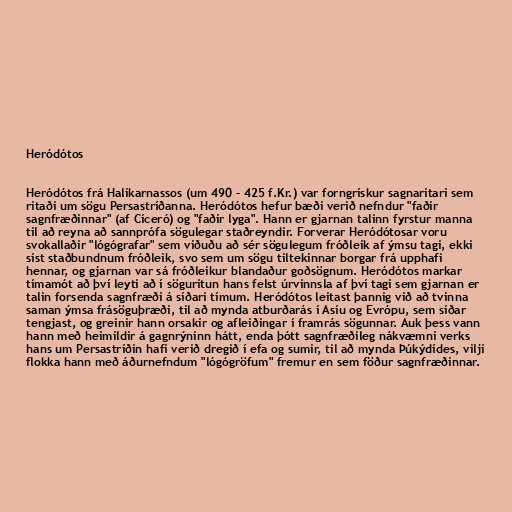
Heródótos

Heródótos frá Halikarnassos (um 490 – 425 f.Kr.) var forngrískur sagnaritari sem
ritaði um sögu Persastríðanna. Heródótos hefur bæði verið nefndur "faðir
sagnfræðinnar" (af Cíceró) og "faðir lyga". Hann er gjarnan talinn fyrstur manna
til að reyna að sannprófa sögulegar staðreyndir. Forverar Heródótosar voru
svokallaðir "lógógrafar" sem viðuðu að sér sögulegum fróðleik af ýmsu tagi, ekki
síst staðbundnum fróðleik, svo sem um sögu tiltekinnar borgar frá upphafi
hennar, og gjarnan var sá fróðleikur blandaður goðsögnum. Heródótos markar
tímamót að því leyti að í söguritun hans felst úrvinnsla af því tagi sem gjarnan er
talin forsenda sagnfræði á síðari tímum. Heródótos leitast þannig við að tvinna
saman ýmsa frásöguþræði, til að mynda atburðarás í Asíu og Evrópu, sem síðar
tengjast, og greinir hann orsakir og afleiðingar í framrás sögunnar. Auk þess vann
hann með heimildir á gagnrýninn hátt, enda þótt sagnfræðileg nákvæmni verks
hans um Persastríðin hafi verið dregið í efa og sumir, til að mynda Þúkýdídes, vilji
flokka hann með áðurnefndum "lógógröfum" fremur en sem föður sagnfræðinnar.